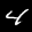
Label: 4